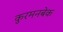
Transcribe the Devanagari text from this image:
कुरमनबेक